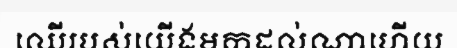
ឈើរបស់យើងមកដល់ណាហើយ